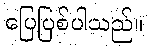
ပြေပြစ်ပါသည်။